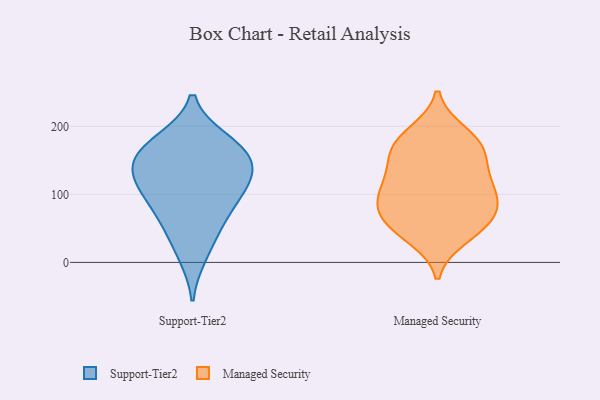
{"axis": {"x": "Customer Acquisition Cost (USD)", "y": "Value"}, "legend": ["Managed Security", "Support-Tier2"], "data": [{"x": "", "y": 92, "type": "Support-Tier2"}, {"x": "", "y": 142, "type": "Support-Tier2"}, {"x": "", "y": 116, "type": "Support-Tier2"}, {"x": "", "y": 120, "type": "Support-Tier2"}, {"x": "", "y": 63, "type": "Support-Tier2"}, {"x": "", "y": 97, "type": "Support-Tier2"}, {"x": "", "y": 180, "type": "Support-Tier2"}, {"x": "", "y": 140, "type": "Support-Tier2"}, {"x": "", "y": 178, "type": "Support-Tier2"}, {"x": "", "y": 152, "type": "Support-Tier2"}, {"x": "", "y": 10, "type": "Support-Tier2"}, {"x": "", "y": 48, "type": "Support-Tier2"}, {"x": "", "y": 163, "type": "Support-Tier2"}, {"x": "", "y": 84, "type": "Managed Security"}, {"x": "", "y": 68, "type": "Managed Security"}, {"x": "", "y": 164, "type": "Managed Security"}, {"x": "", "y": 132, "type": "Managed Security"}, {"x": "", "y": 190, "type": "Managed Security"}, {"x": "", "y": 49, "type": "Managed Security"}, {"x": "", "y": 183, "type": "Managed Security"}, {"x": "", "y": 50, "type": "Managed Security"}, {"x": "", "y": 78, "type": "Managed Security"}, {"x": "", "y": 159, "type": "Managed Security"}, {"x": "", "y": 37, "type": "Managed Security"}, {"x": "", "y": 114, "type": "Managed Security"}, {"x": "", "y": 168, "type": "Managed Security"}, {"x": "", "y": 119, "type": "Managed Security"}, {"x": "", "y": 103, "type": "Managed Security"}, {"x": "", "y": 86, "type": "Managed Security"}]}